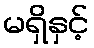
မရှိနှင့်